Report of the Indian Hemp Drugs Commission, 1894-1895 - Volume VIII
Year: 1894
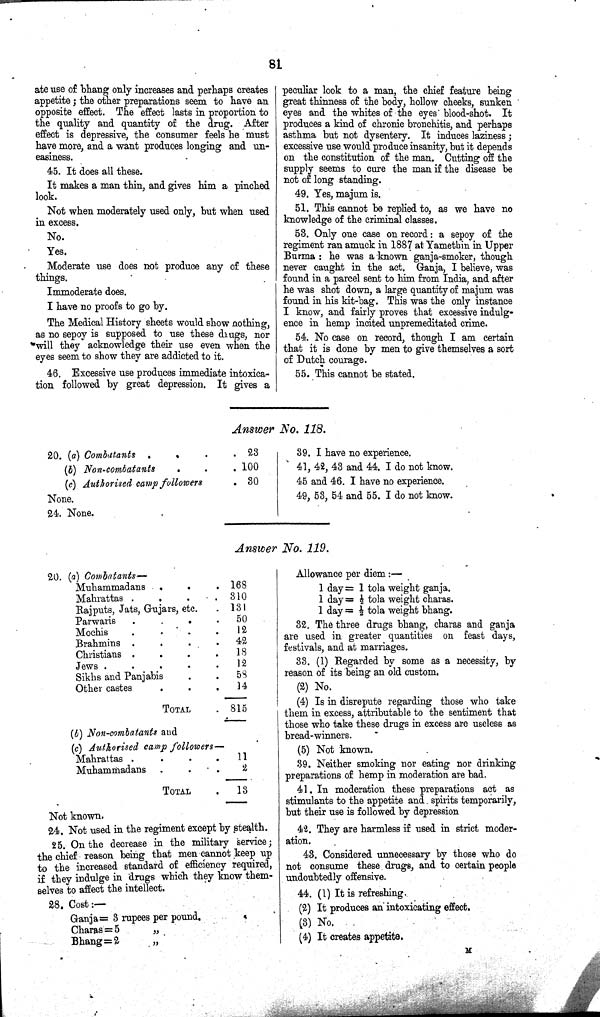
81
ate use of bhang only increases and perhaps creates
appetite; the other preparations seem to have an
opposite effect. The effect lasts in proportion to
the quality and quantity of the drug. After
effect is depressive, the consumer feels he must
have more, and a want produces longing and un-
easiness.
45. It does all these.
It makes a man thin, and gives him a pinched
look.
Not when moderately used only, but when used
in excess.
No.
Yes.
Moderate use does not produce any of these
things.
Immoderate does.
I have no proofs to go by.
The Medical History sheets would show nothing,
as no sepoy is supposed to use these drugs, nor
will they acknowledge their use even when the
eyes seem to show they are addicted to it.
46. Excessive use produces immediate intoxica-
tion followed by great depression. It gives a
peculiar look to a man, the chief feature being
great thinness of the body, hollow cheeks, sunken
eyes and the whites of the eyes blood-shot. It
produces a kind of chronic bronchitis, and perhaps
asthma but not dysentery. It induces laziness;
excessive use would produce insanity, but it depends
on the constitution of the man. Cutting off the
supply seems to cure the man if the disease be
not of long standing.
49. Yes, majum is.
51. This cannot be replied to, as we have no
knowledge of the criminal classes.
53. Only one case on record: a sepoy of the
regiment ran amuck in 1887 at Yamethin in Upper
Burma: he was a known ganja-smoker, though
never caught in the act. Ganja, I believe, was
found in a parcel sent to him from India, and after
he was shot down, a large quantity of majum was
found in his kit-bag. This was the only instance
I know, and fairly proves that excessive indulg-
ence in hemp incited unpremeditated crime.
54. No case on record, though I am certain
that it is done by men to give themselves a sort
of Dutch courage.
55. This cannot be stated.
Answer No. 118.
20. (a) Combatants
23
(b) Non-combatants
100
(c) Authorised camp followers
30
None.
24. None.
39. I have no experience.
41, 42, 43 and 44. I do not know.
45 and 46. I have no experience.
49, 53, 54 and 55. I do not know.
Answer No. 119.
20. (a) Combatants—
Muhammadans
168
Mahrattas
310
Rajputs, Jats, Gujars, etc.
131
Parwaris
50
Mochis
12
Brahmins
42
Christians
18
Jews
12
Sikhs and Panjabis
58
Other castes
14
TOTAL
815
(b) Non-combatants and
(c) Authorised camp followers—
Mahrattas
11
Muhammadans
2
TOTAL
13
Not known.
24. Not used in the regiment except by stealth.
25. On the decrease in the military service;
the chief reason being that men cannot keep up
to the increased standard of efficiency required,
if they indulge in drugs which they know them-
selves to affect the intellect.
28. Cost:—
Ganja = 3 rupees per pound.
Charas = 5
"
Bhang =
2
"
Allowance per diem:—
1 day = 1 tola weight ganja.
1 day = 1/2 tola weight charas.
1 day = 1/2 tola weight bhang.
32. The three drugs bhang, charas and ganja
are used in greater quantities on feast days,
festivals, and at marriages.
33. (1) Regarded by some as a necessity, by
reason of its being an old custom.
(2) No.
(4) Is in disrepute regarding those who take
them in excess, attributable to the sentiment that
those who take these drugs in excess are useless as
bread-winners.
(5) Not known.
39. Neither smoking nor eating nor drinking
preparations of hemp in moderation are bad.
41. In moderation these preparations act as
stimulants to the appetite and spirits temporarily,
but their use is followed by depression
42. They are harmless if used in strict moder-
ation.
43. Considered unnecessary by those who do
not consume these drugs, and to certain people
undoubtedly offensive.
44. (1) It is refreshing.
(2) It produces an intoxicating effect.
(3) No.
(4) It creates appetite.
M